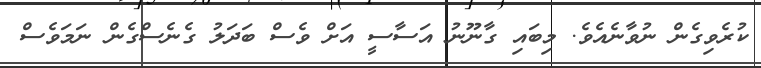
ކުރެވިގެން ނުވާނެއެވެ. މިބައި ގާނޫނު އަސާސީ އަށް ވެސް ބަދަލު ގެނެސްގެން ނަމަވެސް